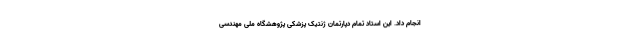
انجام داد. این استاد تمام دپارتمان ژنتیک پزشکی پژوهشگاه ملی مهندسی